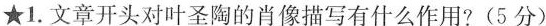
★1.文章开头对叶圣陶的肖像描写有什么作用?(5分)